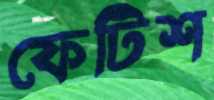
ফেটিশ